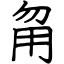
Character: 甮